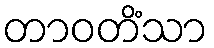
တာဝတိံသာ